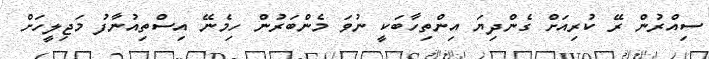
ސިއްރުން ރޭ ކުރިއަށް ގެންދިޔަ އިންތިހާބަކީ ނުވަ މެންބަރުން ހިމެނޭ އިސްތިއުނާފު މަޖިލީހަށް